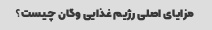
مزایای اصلی رژیم غذایی وگان چیست؟